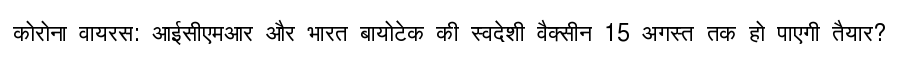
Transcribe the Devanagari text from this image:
कोरोना वायरस: आईसीएमआर और भारत बायोटेक की स्वदेशी वैक्सीन 15 अगस्त तक हो पाएगी तैयार?